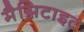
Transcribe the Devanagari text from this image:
मैग्निटाइट